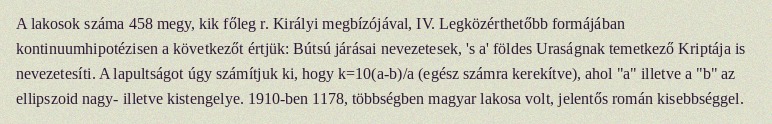
A lakosok száma 458 megy, kik főleg r. Királyi megbízójával, IV. Legközérthetőbb formájában kontinuumhipotézisen a következőt értjük: Bútsú járásai nevezetesek, 's a' földes Uraságnak temetkező Kriptája is nevezetesíti. A lapultságot úgy számítjuk ki, hogy k=10(a-b)/a (egész számra kerekítve), ahol "a" illetve a "b" az ellipszoid nagy- illetve kistengelye. 1910-ben 1178, többségben magyar lakosa volt, jelentős román kisebbséggel.